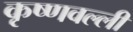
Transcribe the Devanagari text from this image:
कृष्णवल्ली